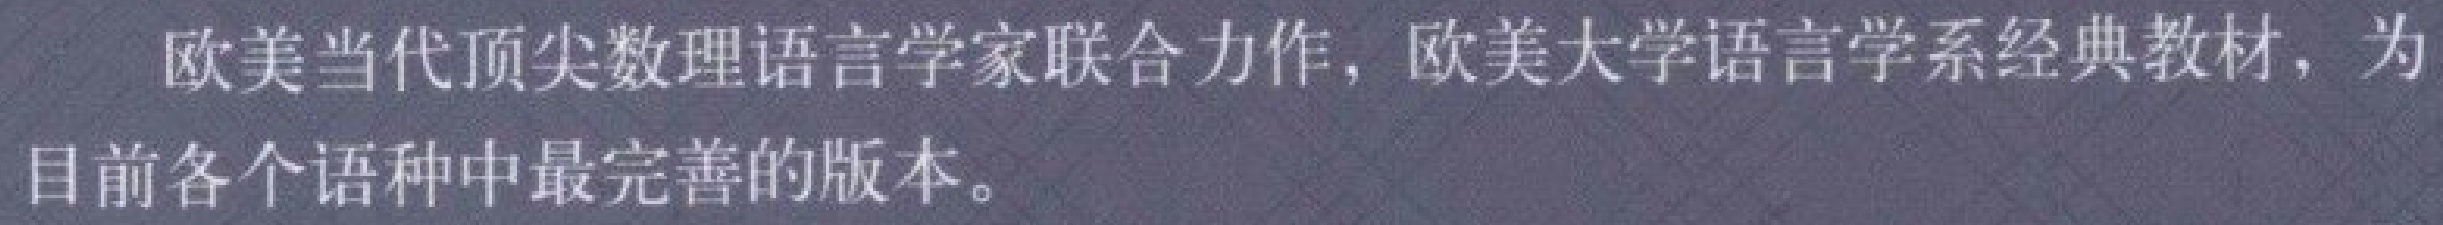
欧美当代顶尖数理语言学家联合力作，欧美大学语言学系经典教材，为目前各个语种中最完善的版本。